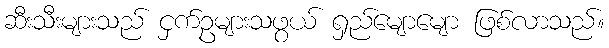
ဆီးသီးများသည် ငှက်ဥများသဖွယ် ရှည်မျောမျော ဖြစ်လာသည်။